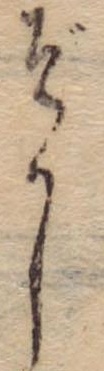
ぞかし